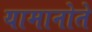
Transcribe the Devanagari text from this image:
यामानोते